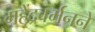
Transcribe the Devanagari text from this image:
महेंद्रवर्मनने